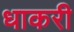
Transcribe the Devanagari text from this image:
धाकरी